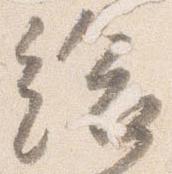
給